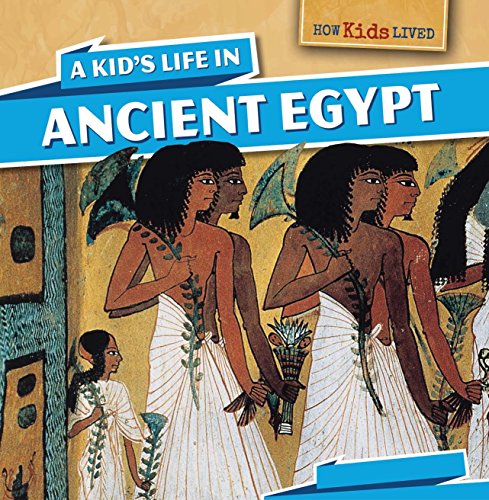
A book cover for A Kid's Life in Ancient Egypt (How Kids Lived); Sara Machajewski; Children's Books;